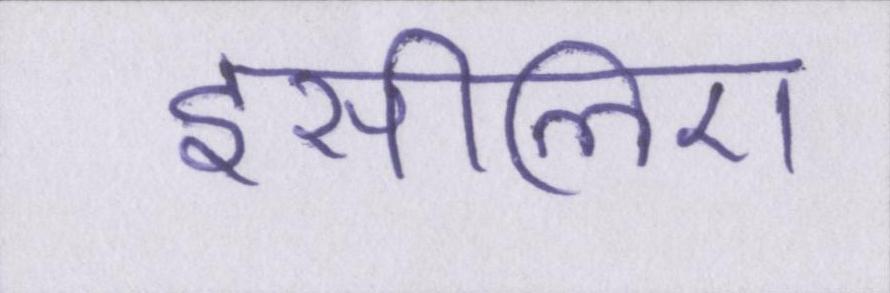
इसीलिए